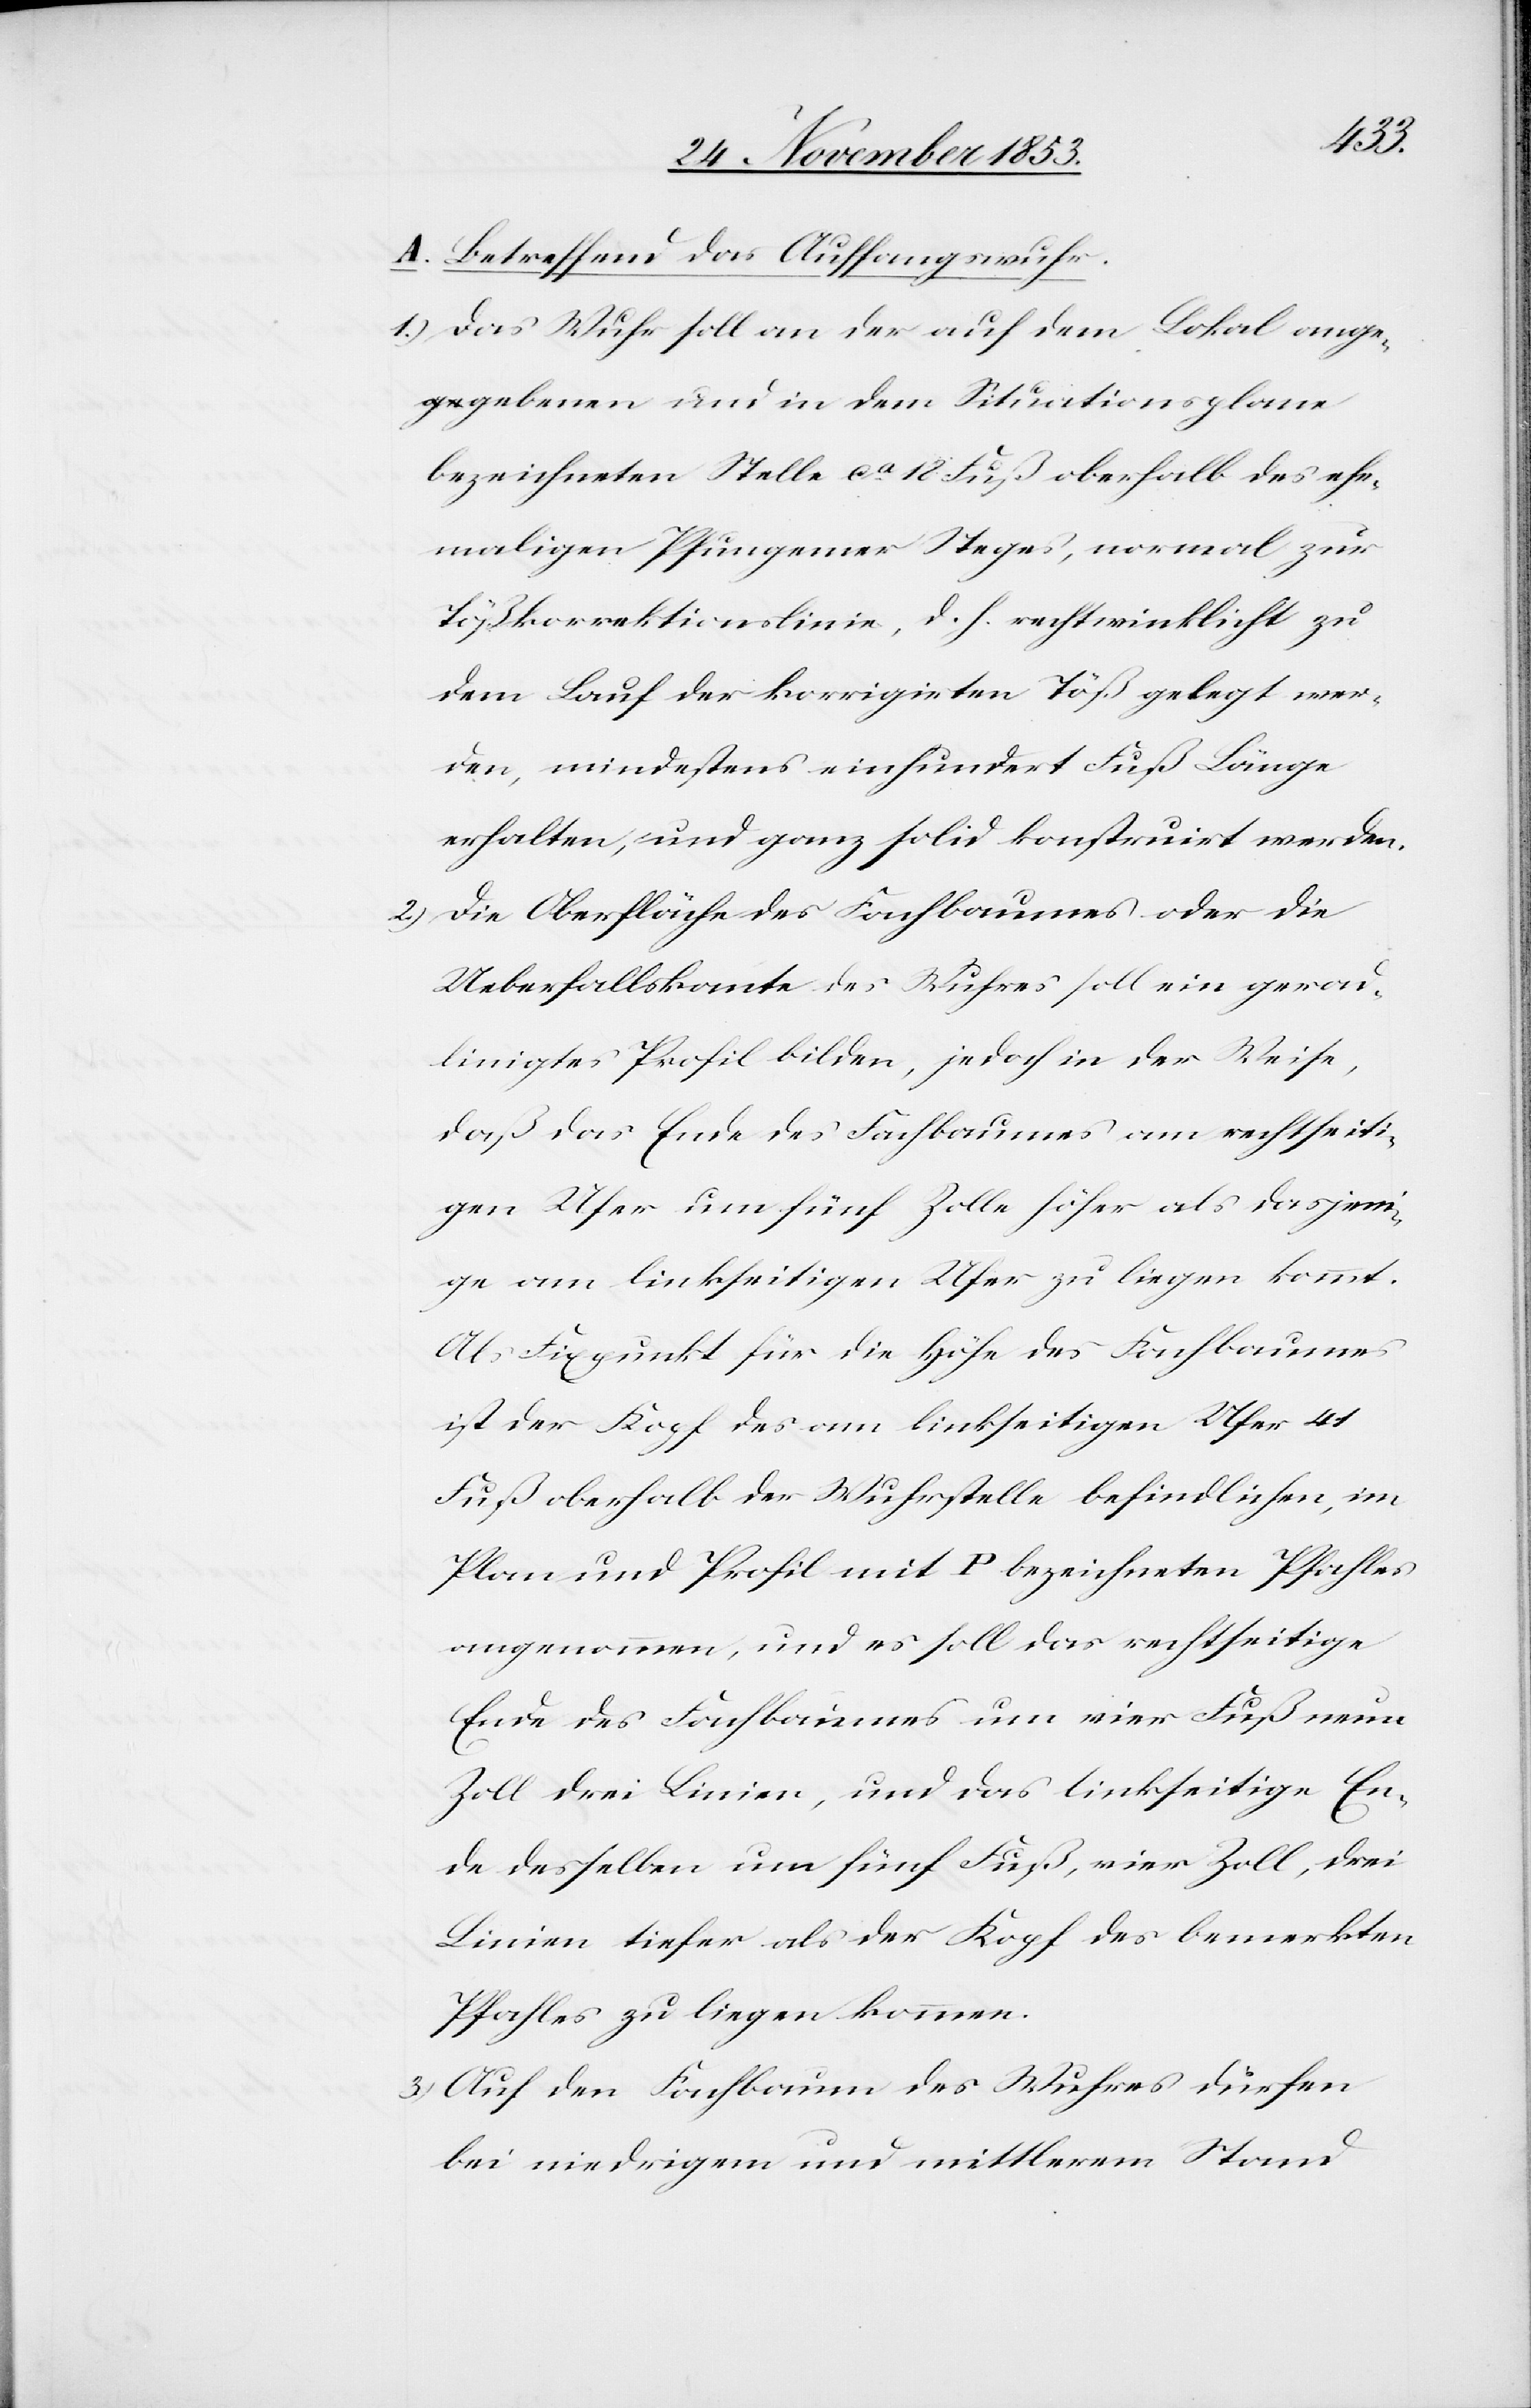
A. Betreffend das Auffangwuhr.
1.) Das Wuhr soll an der auf dem Lokal ange¬
gebenen und in dem Situationsplane
bezeichneten Stelle ca 12 Fuß oberhalb des ehe¬
maligen Pfungener Steges, vormal zur
Tößkorrektionslinie, d. h. rechtwinklicht zu
dem Lauf der korrigirten Töß gelegt wer¬
den, mindestens einhundert Fuß Länge
erhalten, und ganz solid konstruirt werden.
2.) Die Oberfläche des Fachbaumes oder die
Ueberfallskante des Wuhres soll ein gerad¬
linigtes Profil bilden, jedoch in der Weise,
daß das Ende des Fachbaumes am rechtseiti¬
gen Ufer um fünf Zolle höher als dasjeni¬
ge am linkseitigen Ufer zu liegen kommt.
Als Fixpunkt für die Höhe des Fachbaumes
ist der Kopf des am linkseitigen Ufer 41
Fuß oberhalb der Wuhrstelle befindlichen, im
Plan und Profil mit P bezeichneten Pfahles
angenommen, und es soll das rechtseitige
Ende des Fachbaumes um vier Fuß neun
Zoll drei Linien, und das linkseitige En¬
de desselben um fünf Fuß, vier Zoll, drei
Linien tiefer als der Kopf des bemerkten
Pfahles zu liegen kommen.
3.) Auf den Fachbaum des Wuhres dürfen
bei niedrigem und mittlerem Stand